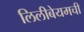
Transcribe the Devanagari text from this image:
लिलीबेयमची